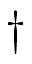
\dagger